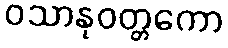
ဝသာနုဝတ္တကော